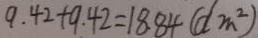
9 . 4 2 + 9 . 4 2 = 1 8 . 8 4 ( d m ^ { 2 } )